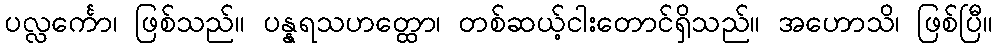
ပလ္လင်္ကော၊ ဖြစ်သည်။ ပန္နရသဟတ္ထော၊ တစ်ဆယ့်ငါးတောင်ရှိသည်။ အဟောသိ၊ ဖြစ်ပြီ။